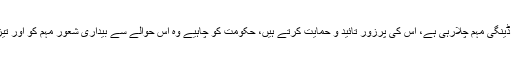
اس موقع پر خطاب کرتے ہوئے ڈاکٹر ممتاز الحسن باروی نے کہا کہ پنجاب حکومت اینٹی ڈینگی مہم چلارہی ہے، اس کی پرزور تائید و حمایت کرتے ہیں، حکومت کو چاہیے وہ اس حوالے سے بیداری شعور مہم کو اور تیز کرے تاکہ موسمی بیماریوں اور جان لیوا حشرات الارض سے نجات حاصل کی جا سکے۔